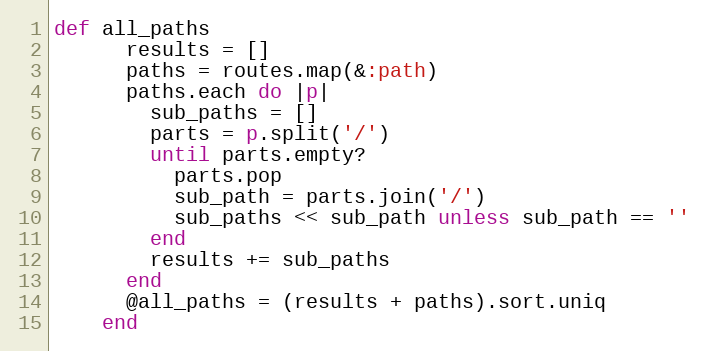
Language: Ruby
def all_paths
      results = []
      paths = routes.map(&:path)
      paths.each do |p|
        sub_paths = []
        parts = p.split('/')
        until parts.empty?
          parts.pop
          sub_path = parts.join('/')
          sub_paths << sub_path unless sub_path == ''
        end
        results += sub_paths
      end
      @all_paths = (results + paths).sort.uniq
    end